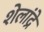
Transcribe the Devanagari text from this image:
शेलांद्रे